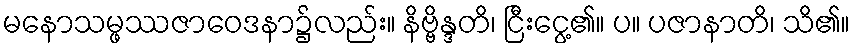
မနောသမ္ဖဿဇာဝေဒနာ၌လည်း။ နိဗ္ဗိန္ဒတိ၊ ငြီးငွေ့၏။ ပ။ ပဇာနာတိ၊ သိ၏။